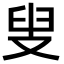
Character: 叟